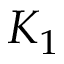
K _ { 1 }